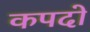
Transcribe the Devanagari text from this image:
कपदो